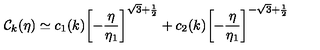
{ \cal C } _ { k } ( \eta ) \simeq c _ { 1 } ( k ) \biggl [ - \frac { \eta } { \eta _ { 1 } } \biggr ] ^ { \sqrt { 3 } + \frac { 1 } { 2 } } + c _ { 2 } ( k ) \biggl [ - \frac { \eta } { \eta _ { 1 } } \biggr ] ^ { - \sqrt { 3 } + \frac { 1 } { 2 } }